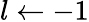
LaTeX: l\gets-1